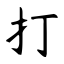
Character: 打